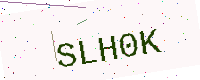
Text: SLH0K